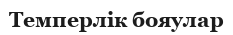
Темперлік бояулар